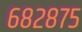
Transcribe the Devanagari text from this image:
६८२८७५